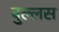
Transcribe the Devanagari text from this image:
बुल्लस